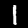
Label: 1